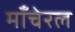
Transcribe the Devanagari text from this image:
माँचेरल